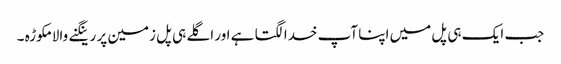
جب ایک ہی پل میں اپنا آپ خدا لگتا ہے اور اگلے ہی پل زمین پر رینگنے والا مکوڑہ ۔